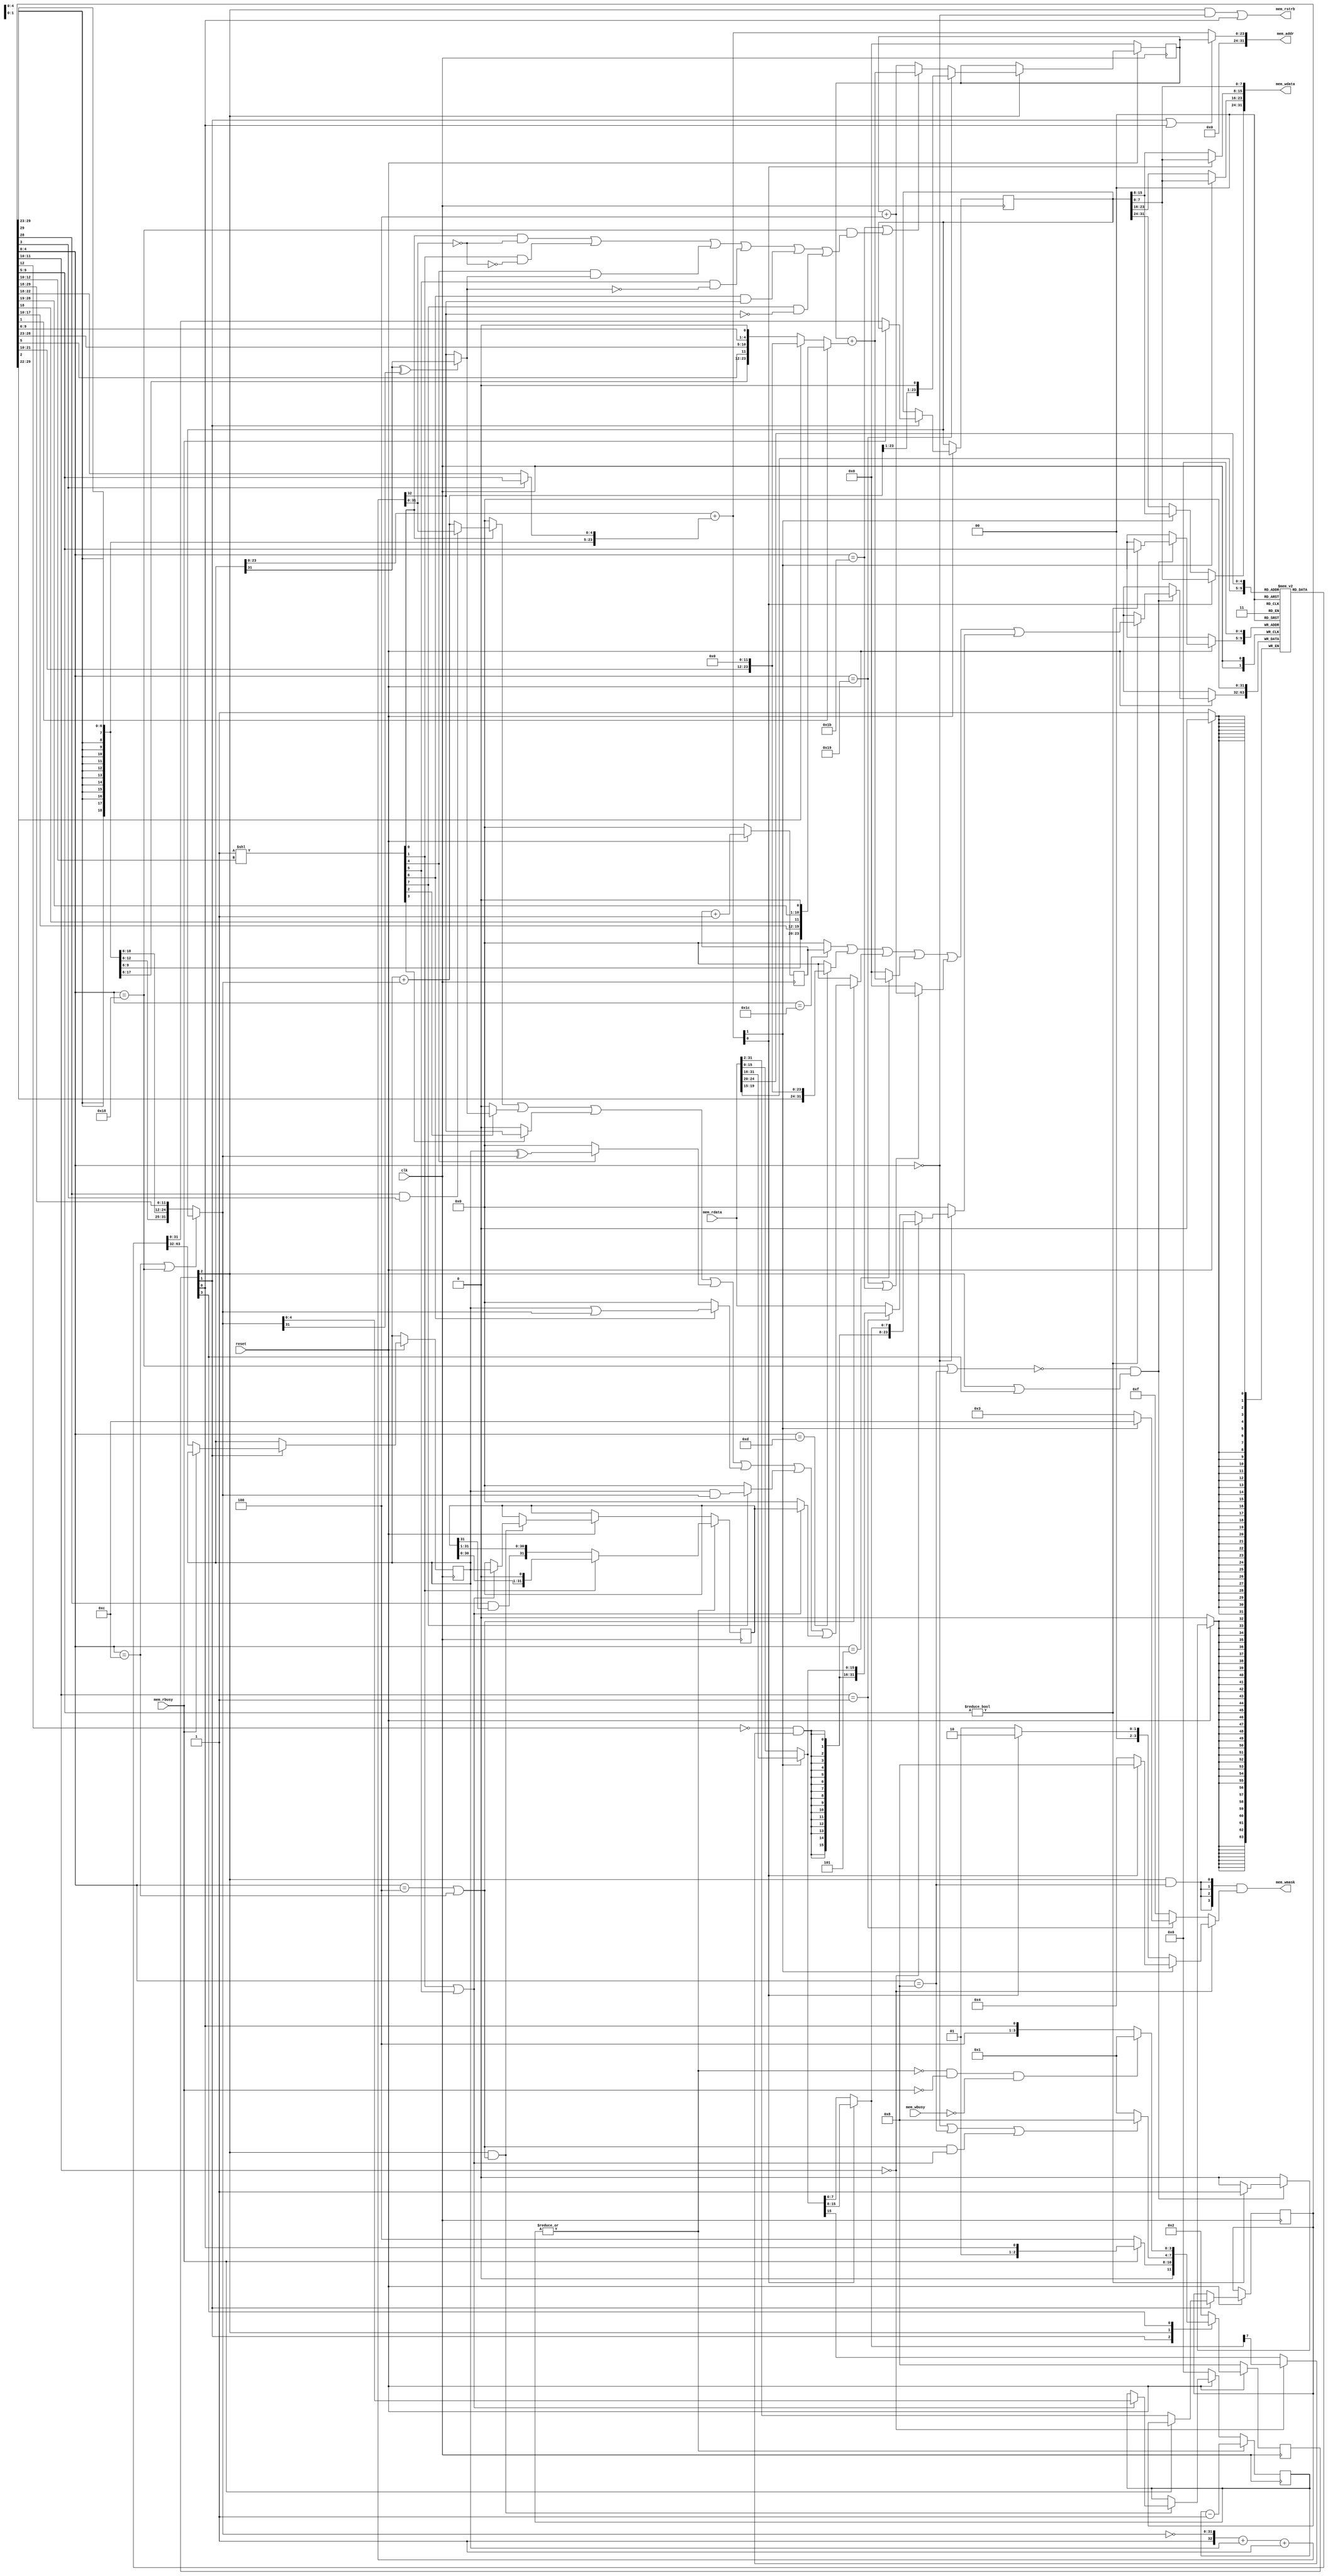
/*******************************************************************/
// FemtoRV32, a collection of minimalistic RISC-V RV32 cores.
// This version: The "Quark", the most elementary version of FemtoRV32.
//             A single VERILOG file, compact & understandable code.
//             (200 lines of code, 400 lines counting comments)
//
// Instruction set: RV32I + RDCYCLES
//
// Parameters:
//  Reset address can be defined using RESET_ADDR (default is 0).
//
//  The ADDR_WIDTH parameter lets you define the width of the internal
//  address bus (and address computation logic).
//
// Macros:
//    optionally one may define NRV_IS_IO_ADDR(addr), that is supposed to:
//              evaluate to 1 if addr is in mapped IO space,
//              evaluate to 0 otherwise
//    (additional wait states are used when in IO space).
//    If left undefined, wait states are always used.
//
//    NRV_COUNTER_WIDTH may be defined to reduce the number of bits used
//    by the ticks counter. If not defined, a 32-bits counter is generated.
//    (reducing its width may be useful for space-constrained designs).
//
//    NRV_TWOLEVEL_SHIFTER may be defined to make shift operations faster
//    (uses a two-level shifter inspired by picorv32).
//
// Bruno Levy, Matthias Koch, 2020-2021
/*******************************************************************/

module FemtoRV32(
   input 	     clk,

   output [31:0] mem_addr,  // address bus
   output [31:0] mem_wdata, // data to be written
   output [3:0]  mem_wmask, // write mask for the 4 bytes of each word
   input  [31:0] mem_rdata, // input lines for both data and instr
   output 	     mem_rstrb, // active to initiate memory read (used by IO)
   input 	     mem_rbusy, // asserted if memory is busy reading value
   input 	     mem_wbusy, // asserted if memory is busy writing value

   input 	     reset      // set to 0 to reset the processor
);


`ifdef NRV_COUNTER_WIDTH
   reg [`NRV_COUNTER_WIDTH-1:0]  cycles;   
`else   
   reg [31:0]  cycles;
`endif  
/***************************************************************************/
   // Program counter and branch target computation.
   /***************************************************************************/
   parameter ADDR_WIDTH       = 24;           
   reg  [ADDR_WIDTH-1:0] PC; // The program counter.
   reg  [31:2] instr;        // Latched instruction. Note that bits 0 and 1 are
                             // ignored (not used in RV32I base instr set).

   parameter RESET_ADDR       = 32'h00000000; 


   localparam ADDR_PAD = {(32-ADDR_WIDTH){1'b0}}; // 32-bits padding for addrs


/*************************************************************************/
   // And, last but not least, the state machine.
   /*************************************************************************/

   localparam FETCH_INSTR_bit     = 0;
   localparam WAIT_INSTR_bit      = 1;
   localparam EXECUTE_bit         = 2;
   localparam WAIT_ALU_OR_MEM_bit = 3;
   localparam NB_STATES           = 4;

   localparam FETCH_INSTR     = 1 << FETCH_INSTR_bit;
   localparam WAIT_INSTR      = 1 << WAIT_INSTR_bit;
   localparam EXECUTE         = 1 << EXECUTE_bit;
   localparam WAIT_ALU_OR_MEM = 1 << WAIT_ALU_OR_MEM_bit;
   
   
   reg [NB_STATES-1:0] state;

  /***************************************************************************/
   // The register file.
   /***************************************************************************/
   
   reg [31:0] rs1;
   reg [31:0] rs2;
   reg [31:0] registerFile [31:0];

////////////////
// The destination register
	wire [4:0] 	  rdId = instr[11:7];

	// The ALU function, decoded in 1-hot form (doing so reduces LUT count)
	// It is used as follows: funct3Is[val] <=> funct3 == val

	wire [7:0] 	  funct3Is = 8'b00000001 << instr[14:12];

	// The five immediate formats, see RiscV reference (link above), Fig. 2.4 p. 12
	wire [31:0]   Uimm = {    instr[31],   instr[30:12], {12{1'b0}}};
	wire [31:0]   Iimm = {{21{instr[31]}}, instr[30:20]};
	/* verilator lint_off UNUSED */ // MSBs of SBJimms are not used by addr adder. 
	wire [31:0]   Simm = {{21{instr[31]}}, instr[30:25],instr[11:7]};
	wire [31:0]   Bimm = {{20{instr[31]}}, instr[7],instr[30:25],instr[11:8],1'b0};
	wire [31:0]   Jimm = {{12{instr[31]}}, instr[19:12],instr[20],instr[30:21],1'b0};
	/* verilator lint_on UNUSED */

   // Base RISC-V (RV32I) has only 10 different instructions !
   wire isLoad    =  (instr[6:2] == 5'b00000); // rd <- mem[rs1+Iimm]
   wire isALUimm  =  (instr[6:2] == 5'b00100); // rd <- rs1 OP Iimm
   wire isAUIPC   =  (instr[6:2] == 5'b00101); // rd <- PC + Uimm
   wire isStore   =  (instr[6:2] == 5'b01000); // mem[rs1+Simm] <- rs2
   wire isALUreg  =  (instr[6:2] == 5'b01100); // rd <- rs1 OP rs2
   wire isLUI     =  (instr[6:2] == 5'b01101); // rd <- Uimm
   wire isBranch  =  (instr[6:2] == 5'b11000); // if(rs1 OP rs2) PC<-PC+Bimm
   wire isJALR    =  (instr[6:2] == 5'b11001); // rd <- PC+4; PC<-rs1+Iimm
   wire isJAL     =  (instr[6:2] == 5'b11011); // rd <- PC+4; PC<-PC+Jimm
   wire isSYSTEM  =  (instr[6:2] == 5'b11100); // rd <- cycles

   wire isALU = isALUimm | isALUreg;


   // First ALU source, always rs1
   wire [31:0] aluIn1 = rs1;

   // Second ALU source, depends on opcode:
   //    ALUreg, Branch:     rs2
   //    ALUimm, Load, JALR: Iimm
   wire [31:0] aluIn2 = isALUreg | isBranch ? rs2 : Iimm;

   reg  [31:0] aluReg;       // The internal register of the ALU, used by shift.
   reg  [4:0]  aluShamt;     // Current shift amount.

   wire aluBusy = |aluShamt; // ALU is busy if shift amount is non-zero.
   wire aluWr;               // ALU write strobe, starts shifting.

   // The adder is used by both arithmetic instructions and JALR.
   wire [31:0] aluPlus = aluIn1 + aluIn2;


   // Use a single 33 bits subtract to do subtraction and all comparisons
   // (trick borrowed from swapforth/J1)
   wire [32:0] aluMinus = {1'b1, ~aluIn2} + {1'b0,aluIn1} + 33'b1;
   wire        LT  = (aluIn1[31] ^ aluIn2[31]) ? aluIn1[31] : aluMinus[32];
   wire        LTU = aluMinus[32];
   wire        EQ  = (aluMinus[31:0] == 0);


 // A separate adder to compute the destination of load/store.
   // testing instr[5] is equivalent to testing isStore in this context.
   wire [ADDR_WIDTH-1:0] loadstore_addr = rs1[ADDR_WIDTH-1:0] + 
		   (instr[5] ? Simm[ADDR_WIDTH-1:0] : Iimm[ADDR_WIDTH-1:0]);

   assign mem_addr = {ADDR_PAD, 
		       state[WAIT_INSTR_bit] | state[FETCH_INSTR_bit] ? 
		       PC : loadstore_addr
		     };

wire [15:0] LOAD_halfword = loadstore_addr[1] ? mem_rdata[31:16] : mem_rdata[15:0];
wire  [7:0] LOAD_byte = loadstore_addr[0] ? LOAD_halfword[15:8] : LOAD_halfword[7:0];

wire mem_byteAccess     = instr[13:12] == 2'b00; // funct3[1:0] == 2'b00;
wire mem_halfwordAccess = instr[13:12] == 2'b01; // funct3[1:0] == 2'b01;

wire LOAD_sign = !instr[14] & (mem_byteAccess ? LOAD_byte[7] : LOAD_halfword[15]);

   wire [31:0] LOAD_data =
         mem_byteAccess ? {{24{LOAD_sign}},     LOAD_byte} :
     mem_halfwordAccess ? {{16{LOAD_sign}}, LOAD_halfword} :
                          mem_rdata ;

   assign mem_wdata[ 7: 0] = rs2[7:0];
   assign mem_wdata[15: 8] = loadstore_addr[0] ? rs2[7:0]  : rs2[15: 8];
   assign mem_wdata[23:16] = loadstore_addr[1] ? rs2[7:0]  : rs2[23:16];
   assign mem_wdata[31:24] = loadstore_addr[0] ? rs2[7:0]  : 
			     loadstore_addr[1] ? rs2[15:8] : rs2[31:24];

 wire funct3IsShift = funct3Is[1] | funct3Is[5];
 wire [31:0] aluOut =
     (funct3Is[0]  ? instr[30] & instr[5] ? aluMinus[31:0] : aluPlus : 32'b0) | 
     (funct3Is[2]  ? {31'b0, LT}                                     : 32'b0) | 
     (funct3Is[3]  ? {31'b0, LTU}                                    : 32'b0) | 
     (funct3Is[4]  ? aluIn1 ^ aluIn2                                 : 32'b0) | 
     (funct3Is[6]  ? aluIn1 | aluIn2                                 : 32'b0) | 
     (funct3Is[7]  ? aluIn1 & aluIn2                                 : 32'b0) | 
     (funct3IsShift ? aluReg                                         : 32'b0) ; 


wire [ADDR_WIDTH-1:0] PCplusImm = PC + ( instr[3] ? Jimm[ADDR_WIDTH-1:0] : 
					    instr[4] ? Uimm[ADDR_WIDTH-1:0] : 
					               Bimm[ADDR_WIDTH-1:0] );

   wire [ADDR_WIDTH-1:0] PCplus4 = PC + 4;
wire writeBack = ~(isBranch | isStore ) & 
	            (state[EXECUTE_bit] | state[WAIT_ALU_OR_MEM_bit]);

   wire [31:0] writeBackData  =
      /* verilator lint_off WIDTH */	       	       
      (isSYSTEM            ? cycles               : 32'b0) |  // SYSTEM
      /* verilator lint_on WIDTH */	       	       	       
      (isLUI               ? Uimm                 : 32'b0) |  // LUI
      (isALU               ? aluOut               : 32'b0) |  // ALUreg, ALUimm
      (isAUIPC             ? {ADDR_PAD,PCplusImm} : 32'b0) |  // AUIPC
      (isJALR   | isJAL    ? {ADDR_PAD,PCplus4  } : 32'b0) |  // JAL, JALR
      (isLoad              ? LOAD_data            : 32'b0);   // Load
 
   always @(posedge clk) begin
     if (!reset) begin 
         registerFile[0] <= 32'h00000000;
     end
     else if (writeBack)
       if (rdId != 0)
         registerFile[rdId] <= writeBackData;
   end

 always @(posedge clk) begin
      if (!reset) aluShamt <= 0; 
      else if(aluWr) begin
         if (funct3IsShift) begin  // SLL, SRA, SRL
	         aluReg <= aluIn1;
	         aluShamt <= aluIn2[4:0];
	      end
      end 

`ifdef NRV_TWOLEVEL_SHIFTER
      else if(|aluShamt[3:2]) begin // Shift by 4
         aluShamt <= aluShamt - 4;
	 aluReg <= funct3Is[1] ? aluReg << 4 : 
		   {{4{instr[30] & aluReg[31]}}, aluReg[31:4]};	    
      end  else
`endif

      if (|aluShamt) begin
         aluShamt <= aluShamt - 1;
	 aluReg <= funct3Is[1] ? aluReg << 1 :              // SLL
		   {instr[30] & aluReg[31], aluReg[31:1]};  // SRA,SRL
      end
   end

   wire predicate =
        funct3Is[0] &  EQ  | // BEQ
        funct3Is[1] & !EQ  | // BNE
        funct3Is[4] &  LT  | // BLT
        funct3Is[5] & !LT  | // BGE
        funct3Is[6] &  LTU | // BLTU
        funct3Is[7] & !LTU ; // BGEU

   wire [3:0] STORE_wmask =
	      mem_byteAccess      ? 
	            (loadstore_addr[1] ? 
		          (loadstore_addr[0] ? 4'b1000 : 4'b0100) :
		          (loadstore_addr[0] ? 4'b0010 : 4'b0001) 
                    ) :
	      mem_halfwordAccess ? 
	            (loadstore_addr[1] ? 4'b1100 : 4'b0011) :
              4'b1111;


   // The memory-read signal.
   assign mem_rstrb = state[EXECUTE_bit] & isLoad | state[FETCH_INSTR_bit];

   // The mask for memory-write.
   assign mem_wmask = {4{state[EXECUTE_bit] & isStore}} & STORE_wmask;

   // aluWr starts computation (shifts) in the ALU.
   assign aluWr = state[EXECUTE_bit] & isALU;

   wire jumpToPCplusImm = isJAL | (isBranch & predicate);
`ifdef NRV_IS_IO_ADDR  
   wire needToWait = isLoad | 
		     isStore  & `NRV_IS_IO_ADDR(mem_addr) | 
		     isALU & funct3IsShift;
`else
   wire needToWait = isLoad | isStore | isALU & funct3IsShift;   
`endif
   
   always @(posedge clk) begin
      if (!reset) begin
         state      <= WAIT_ALU_OR_MEM; // Just waiting for !mem_wbusy
         PC         <= RESET_ADDR[ADDR_WIDTH-1:0];
      end else

      // See note [1] at the end of this file.
      (* parallel_case *)
      case(1'b1)

        state[WAIT_INSTR_bit]: begin
           if(!mem_rbusy) begin // may be high when executing from SPI flash
              rs1 <= registerFile[mem_rdata[19:15]];
              rs2 <= registerFile[mem_rdata[24:20]];
              instr <= mem_rdata[31:2]; // Bits 0 and 1 are ignored (see
              state <= EXECUTE;         // also the declaration of instr).
           end
        end

        state[EXECUTE_bit]: begin
           PC <= isJALR          ? {aluPlus[ADDR_WIDTH-1:1],1'b0} :
                 jumpToPCplusImm ? PCplusImm :
                 PCplus4;
	   state <= needToWait ? WAIT_ALU_OR_MEM : FETCH_INSTR;
        end

        state[WAIT_ALU_OR_MEM_bit]: begin
           if(!aluBusy & !mem_rbusy & !mem_wbusy) state <= FETCH_INSTR;
        end

        default: begin // FETCH_INSTR
          state <= WAIT_INSTR;
        end
	
      endcase
   end

   

   always @(posedge clk) begin
      if (!reset) begin 
         cycles <= 0;
      end
      else cycles <= cycles + 1;
   end

`ifndef BENCH
   initial begin
      cycles = 0;
      aluShamt = 0;
      registerFile[0] = 0;
   end
`endif

endmodule